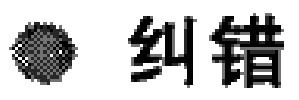
\textcircled{\textquestiondown} 纠错